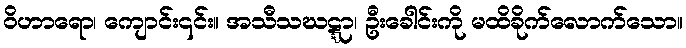
ဝိဟာရော၊ ကျောင်း၎င်း။ အသီသဃဋ္ဋာ၊ ဦးခေါင်းကို မထိခိုက်လောက်သော။